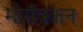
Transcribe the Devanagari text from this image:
मोरॉक्कन